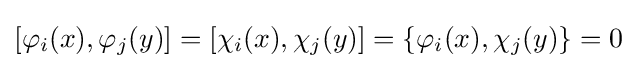
[\varphi _{i}(x),\varphi _{j}(y)]=[\chi _{i}(x),\chi _{j}(y)]=\{\varphi _{i}(x),\chi _{j}(y)\}=0